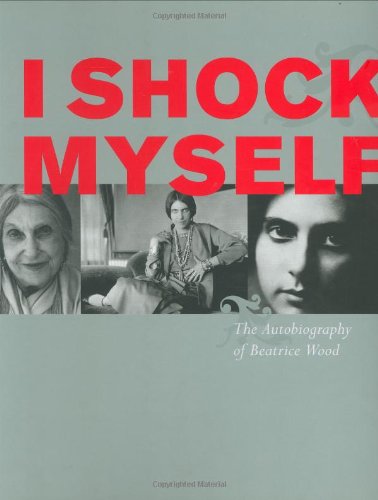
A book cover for I Shock Myself: The Autobiography of Beatrice Wood; Beatrice Wood; Arts & Photography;